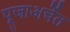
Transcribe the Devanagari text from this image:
पूजाअर्चेत